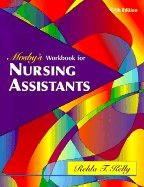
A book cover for Mosby`s Workbook for Nursing Assistants 5th EDITION; Medical Books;